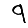
Digit: 9